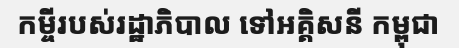
កម្ចីរបស់រដ្ឋាភិបាល ទៅអគ្គិសនី កម្ពុជា